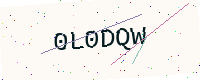
Text: 0L0DQW